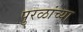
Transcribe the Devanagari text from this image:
पुरळांच्या